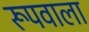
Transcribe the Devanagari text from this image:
रूपवाला